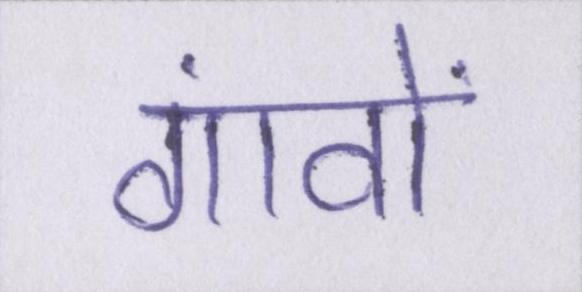
गांवों